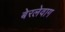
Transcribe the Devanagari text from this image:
बेरलेवाग